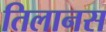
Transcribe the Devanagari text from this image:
तिलानस